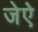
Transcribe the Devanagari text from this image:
जेऐ